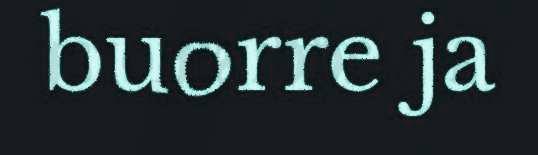
buorre ja